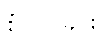
စုံလင်ခြင်း